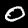
Label: 0